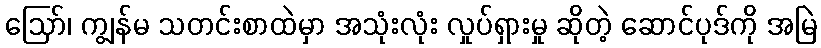
ဪ၊ ကျွန်မ သတင်းစာထဲမှာ အသုံးလုံး လှုပ်ရှားမှု ဆိုတဲ့ ဆောင်ပုဒ်ကို အမြဲ